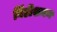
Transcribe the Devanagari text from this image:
विंडीशमन